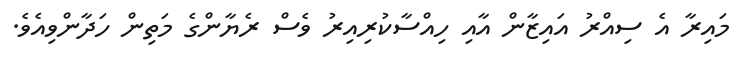
މައިރާ އެ ސިއްރު އައިޒާން އާއި ހިއްސާކުރިއިރު ވެސް ރެޔާންގެ މަތިން ހަދާންވިއެވެ.